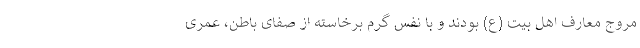
مروج معارف اهل بیت (ع) بودند و با نفس گرم برخاسته از صفای باطن، عمری